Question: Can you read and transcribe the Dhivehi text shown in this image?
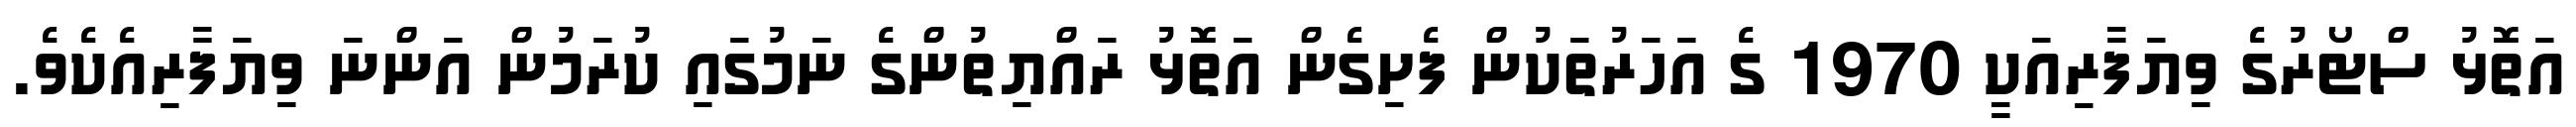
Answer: އަތޮޅު ސްޓޯރުގެ ވިޔަފާރިއަކީ 1970 ގެ އަހަރުތަކުން ފެށިގެން އަތޮޅު ރައްޔިތުންގެ ނަމުގައި ކުރަމުން އަންނަ ވިޔަފާރިއެކެވެ.